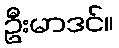
ဦးမာဒင်။